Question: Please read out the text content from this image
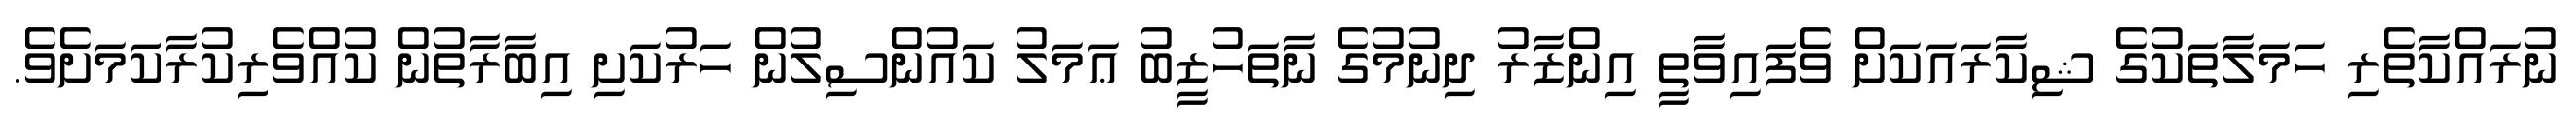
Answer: ނުރައްކާތެރި ހަމަލާތަކުގެ ޝިކާރައަކަށް ވެފައިވާތީ އިންޒާރު ދިނުމުގެ ނާތަހުޒީބު ޢަމަލު ކައުންސިލުން ހަރުކަށި އިބާރާތުން ކުއްވެރިކުރާކަމަށެވެ.